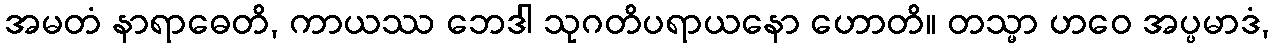
အမတံ နာရာဓေတိ, ကာယဿ ဘေဒါ သုဂတိပရာယနော ဟောတိ။ တသ္မာ ဟဝေ အပ္ပမာဒံ,